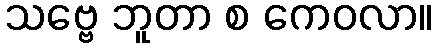
သဗ္ဗေ ဘူတာ စ ကေဝလာ။